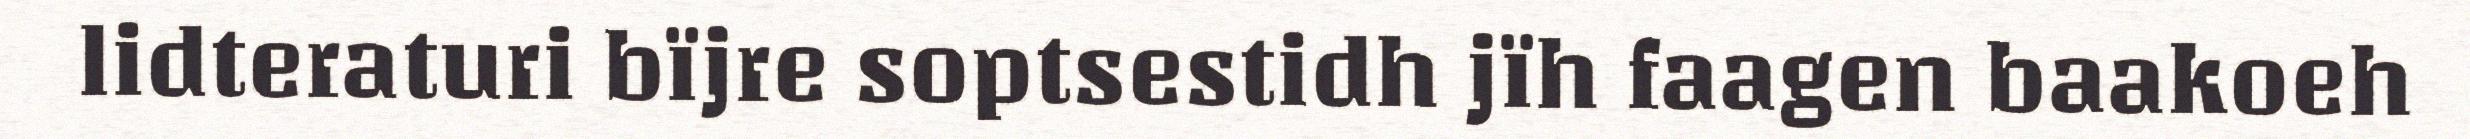
lidteraturi bïjre soptsestidh jïh faagen baakoeh